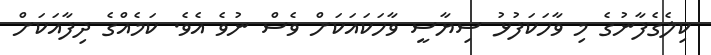
ކިލެގެފާނުގެ މި ވާހަކަފުޅު ސިޔާސީ ވާހަކައަކަށް ވެސް ނުވެ އެވެ. ކަމެއްގެ ދިފާއަަކަށް